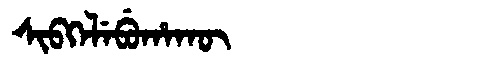
Manchu: ᠰᡳᠪᡴᡝᠯᡝᠪᡠᡥᠠᡴᡡ
Romanization: SIBKELEBUHAKŪ